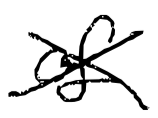
Text: of
Cross-out: cross
Writing tool: digital_black